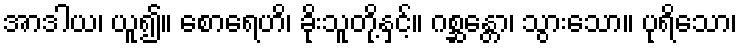
အာဒါယ၊ ယူ၍။ စောရေဟိ၊ ခိုးသူတို့နှင့်။ ဂစ္ဆန္တော၊ သွားသော။ ပုရိသော၊